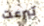
تبرعت